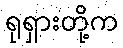
ရုရှားတို့က